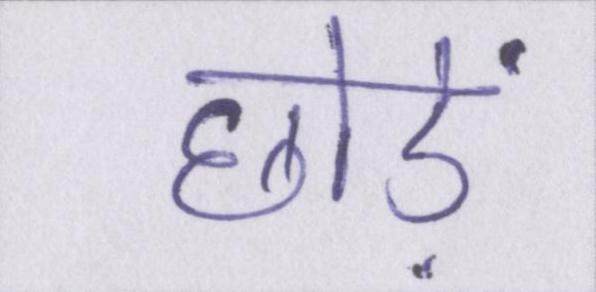
छोड़ें